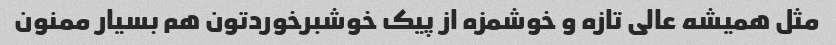
مثل همیشه عالی تازه و خوشمزه از پیک خوشبرخوردتون هم بسیار ممنون